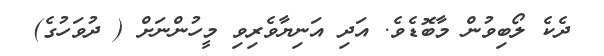
ދެކެ ލޯބިވުން މާބޮޑެވެ. އަދި އަނިޔާވެރިވި މީހުންނަށް ( ދުވަހުގެ)